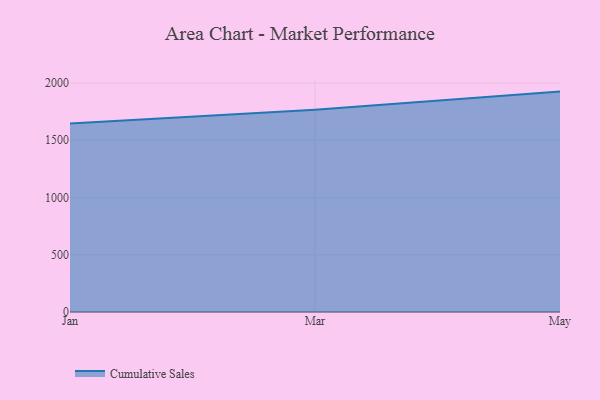
{"axis": {"x": "Month", "y": "Energy Usage (MWh)"}, "legend": ["Cumulative Sales"], "data": [{"x": "Jan", "y": 1646.6, "type": "Cumulative Sales"}, {"x": "Mar", "y": 1767.0, "type": "Cumulative Sales"}, {"x": "May", "y": 1925.3, "type": "Cumulative Sales"}]}